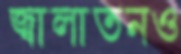
জ্বালাতনও